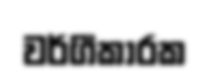
වර්ගීකාරක